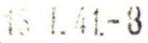
15 1.41.-3